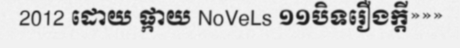
2012 ដោយ ផ្កាយ NoVeLs ១១បិទរឿងក្តី»»»